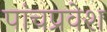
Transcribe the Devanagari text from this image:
पांचप्रवेश